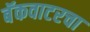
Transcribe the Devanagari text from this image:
बॅकवाटरचा